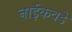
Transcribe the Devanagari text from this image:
नाईकवडे